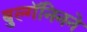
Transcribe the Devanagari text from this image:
बुल्गॅनिनने